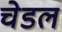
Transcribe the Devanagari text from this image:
चेडल